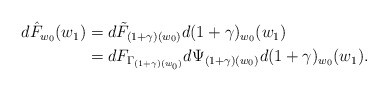
\begin{align*}\begin{aligned}d\hat F_{w_0}(w_1)&=d\tilde F_{(1+\gamma)(w_0)}d(1+\gamma)_{w_0}(w_1)\\&=dF_{\Gamma_{(1+\gamma)(w_0)}}d\Psi_{(1+\gamma)(w_0)}d(1+\gamma)_{w_0}(w_1). \end{aligned}\end{align*}